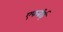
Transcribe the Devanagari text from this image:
एफबीई